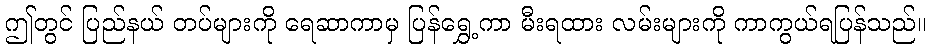
ဤတွင် ပြည်နယ် တပ်များကို ရေဆာကာမှ ပြန်ရွှေ့ကာ မီးရထား လမ်းများကို ကာကွယ်ရပြန်သည်။